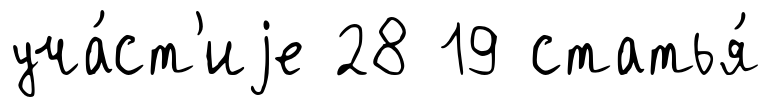
уча́ст'иjе 28 19 статья́